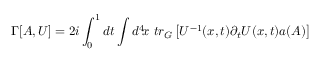
\Gamma [ A , U ] = 2 i \int _ { 0 } ^ { 1 } d t \int d ^ { 4 } \! x \ t r _ { G } \left[ U ^ { - 1 } ( x , t ) \partial _ { t } U ( x , t ) a ( { \cal A } ) \right]